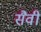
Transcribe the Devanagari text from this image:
सैवी